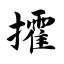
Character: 攉